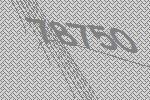
78750